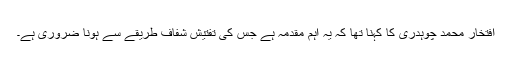
افتخار محمد چوہدری کا کہنا تھا کہ یہ اہم مقدمہ ہے جس کی تفتیش شفاف طریقے سے ہونا ضروری ہے۔